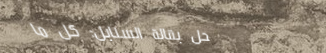
محل بقالة السنابل: كل ما